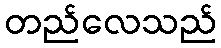
တည်လေသည်